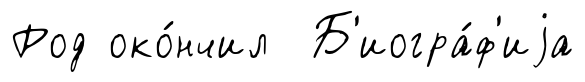
Род око́нчил Б'иогра́ф'иjа